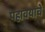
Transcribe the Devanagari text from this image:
पहावयाचे